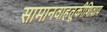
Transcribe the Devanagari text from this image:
सामानवाहतूकीशिवाय